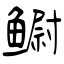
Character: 鳚